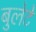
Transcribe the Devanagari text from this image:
बुलेटे